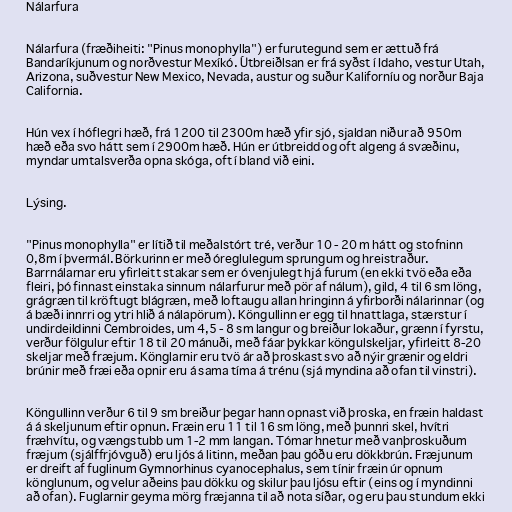
Nálarfura

Nálarfura (fræðiheiti: "Pinus monophylla") er furutegund sem er ættuð frá
Bandaríkjunum og norðvestur Mexíkó. Útbreiðlsan er frá syðst í Idaho, vestur Utah,
Arizona, suðvestur New Mexico, Nevada, austur og suður Kaliforníu og norður Baja
California.

Hún vex í hóflegri hæð, frá 1200 til 2300m hæð yfir sjó, sjaldan niður að 950m
hæð eða svo hátt sem í 2900m hæð. Hún er útbreidd og oft algeng á svæðinu,
myndar umtalsverða opna skóga, oft í bland við eini.

Lýsing.

"Pinus monophylla" er lítið til meðalstórt tré, verður 10 - 20 m hátt og stofninn
0,8m í þvermál. Börkurinn er með óreglulegum sprungum og hreistraður.
Barrnálarnar eru yfirleitt stakar sem er óvenjulegt hjá furum (en ekki tvö eða eða
fleiri, þó finnast einstaka sinnum nálarfurur með pör af nálum), gild, 4 til 6 sm löng,
grágræn til kröftugt blágræn, með loftaugu allan hringinn á yfirborði nálarinnar (og
á bæði innrri og ytri hlið á nálapörum). Köngullinn er egg til hnattlaga, stærstur í
undirdeildinni Cembroides, um 4,5 - 8 sm langur og breiður lokaður, grænn í fyrstu,
verður fölgulur eftir 18 til 20 mánuði, með fáar þykkar köngulskeljar, yfirleitt 8-20
skeljar með fræjum. Könglarnir eru tvö ár að þroskast svo að nýir grænir og eldri
brúnir með fræi eða opnir eru á sama tíma á trénu (sjá myndina að ofan til vinstri).

Köngullinn verður 6 til 9 sm breiður þegar hann opnast við þroska, en fræin haldast
á á skeljunum eftir opnun. Fræin eru 11 til 16 sm löng, með þunnri skel, hvítri
fræhvítu, og vængstubb um 1-2 mm langan. Tómar hnetur með vanþroskuðum
fræjum (sjálffrjóvguð) eru ljós á litinn, meðan þau góðu eru dökkbrún. Fræjunum
er dreift af fuglinum Gymnorhinus cyanocephalus, sem tínir fræin úr opnum
könglunum, og velur aðeins þau dökku og skilur þau ljósu eftir (eins og í myndinni
að ofan). Fuglarnir geyma mörg fræjanna til að nota síðar, og eru þau stundum ekki